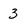
Character: 3